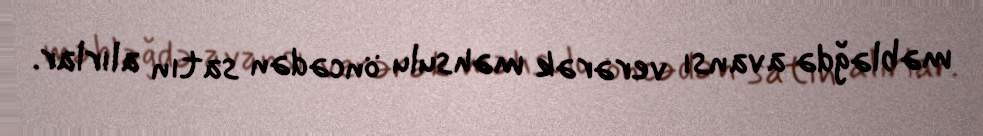
məbləğdə avansı verərək məhsulu öncədən satın alırlar.